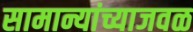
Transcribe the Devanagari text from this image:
सामान्यांच्याजवळ